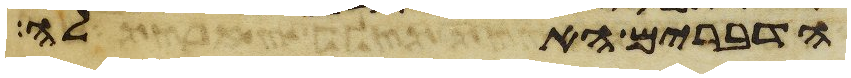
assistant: הדברים האלה